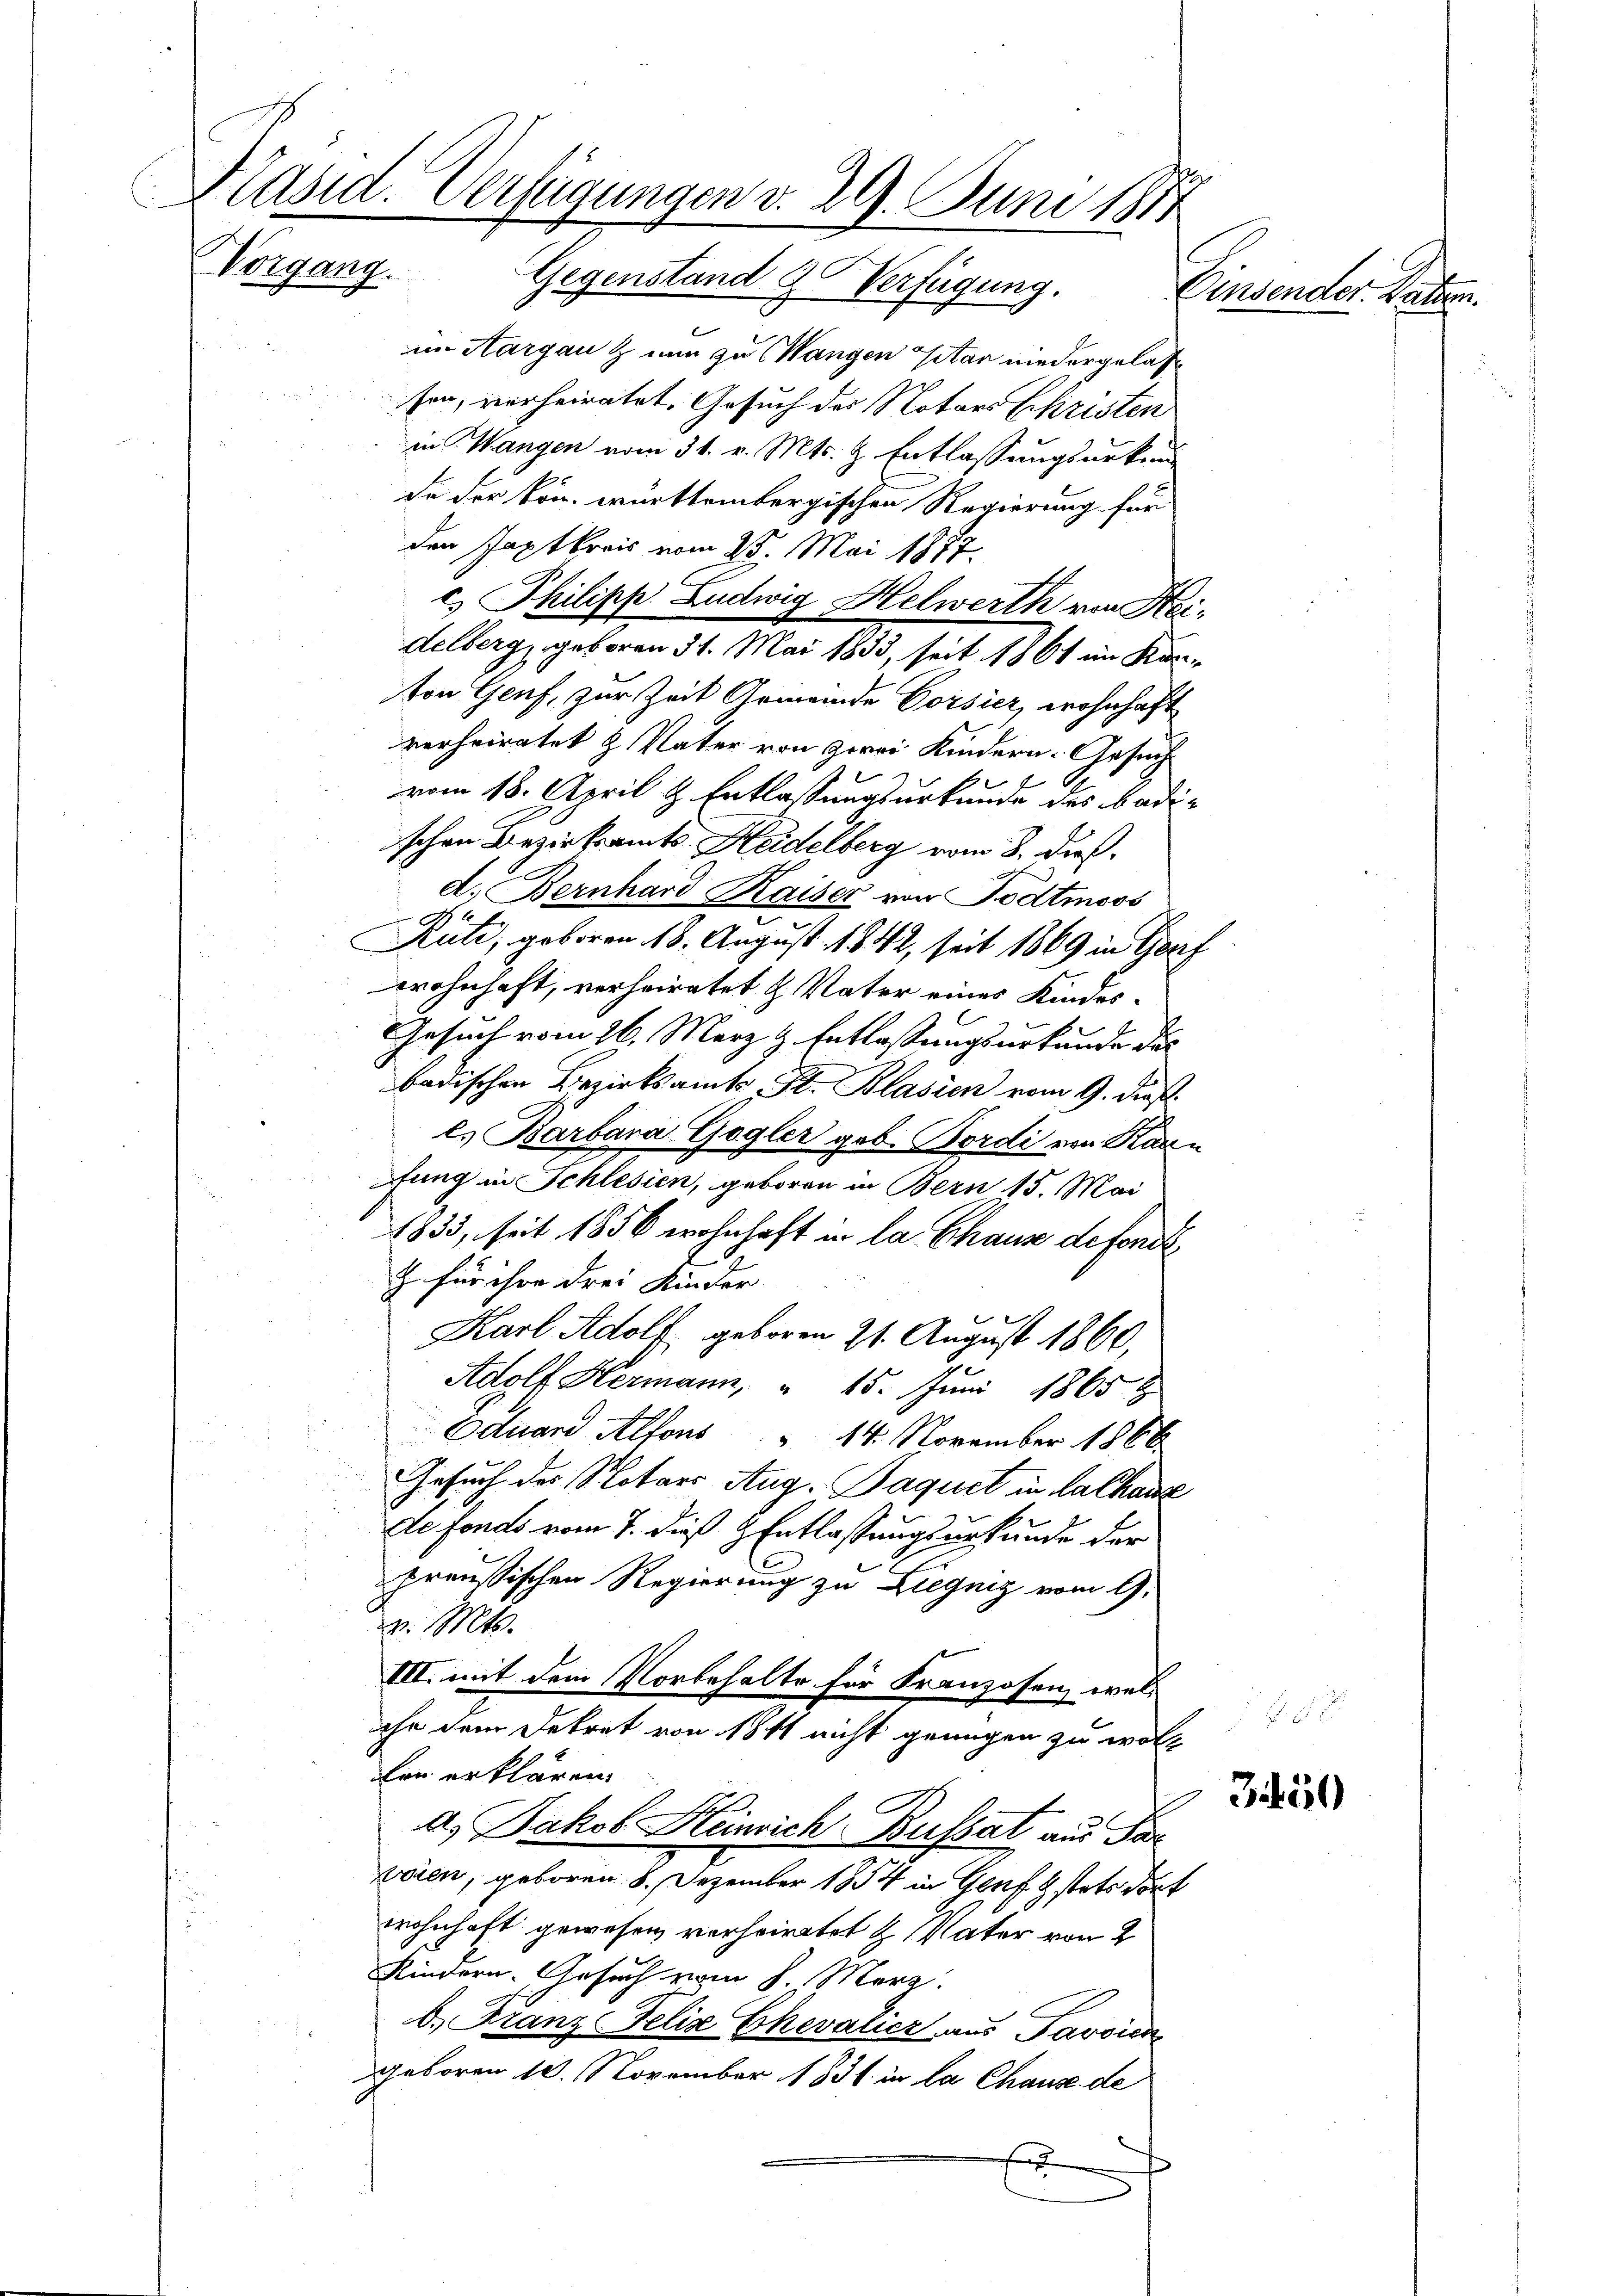
Präsid. Verfügungen d. 29. Juni 1811
Vorgang. Gegenstand & Verfügung.
Einsender Ration.

in Aargau & nun zu Wangen sitar niedergelas
sen, vorheiratet. Gesuch der Notars Christen
in Mangen vom 31. v. Mts. & Entlassungsurkunde der von württembergischen Regierung für
den Paptkreis vom 25. Mai 1877.
c.) Philipp Ludwig Helwerth von Heidelberg, geboren 31. Mai 1833, seit 1861 im Kanton Genf, zur Zeit Gemeinde Vorsier, wohnhaft
verheiratet & Vater von zwei Kindern. Gesuch
vom 18. April & Entlassungsurkunde des Badischen Bezirksamts Heidelberg vom 8. dieß.
d. Bernhard Kaiser von Todtmoos
Ah. E.
Ruti, geboren 18. August 1842, seit 1869 in Gerz
wohnhaft, verheiratet u. Vater eines Kindes-
Gesuch vom 26. März & Entlassungsurkunde das
badischen Bezirksamts St. Blasien vom 9. dieß.
l. Barbara-Gogler geb. Bordi von Karn
fung in Schlesien, geboren in Bern 15. Mai
1833, seit 1856 wohnhaft in la Chaus defonds,
Z. für ihre drei Kinder
Karl Adolf geboren 21. August 1860,
Adolf Hermann, " 15. Juni 1865
Eduard Alfons   14. November 1866
Gesuch des Notars Aug. Paquet in la chanz
de fonds vom 7. dieß & Entlassungsurkunde der
preußischen Regierung zu Liegniz vom 9.
v. Mts.
VII. mit dem Vorbehalte für Franzosen, welihr dem Dekret von 1811 nicht genügen zu wollon erklären.
a. Jakob Heinrich-Busset, aus Par
vaien, geboren 8. Dezember 1854 in Genf stets dort
wohnhaft gewesen verheiratet & Vater von 2
Kindern. Gesuch vom 8. März.
b.) Franz Felix Chevalicz, aus Pavoick
Geboren 10. November 1831 in la Chaus de
E

350